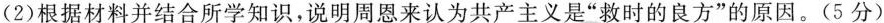
(2)根据材料并结合所学知识，说明周恩来认为共产主义是“救时的良方”的原因。(5分)